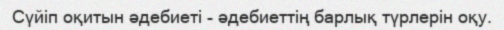
Сүйіп оқитын әдебиеті - әдебиеттің барлық түрлерін оқу.